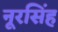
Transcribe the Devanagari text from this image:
नूरसिंह